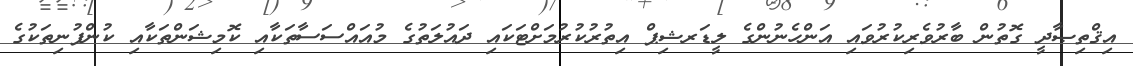
އިޤްތިޞާދީ ގޮތުން ބާރުވެރިކުރުވައި އަންހެނުންގެ ލީޑަރޝިޕް އިތުރުކުރުމަށްޓަކައި ދައުލަތުގެ މުއައްސަސާތަކާއި ކޮމިޝަންތަކާއި ކުންފުނިތަކުގެ